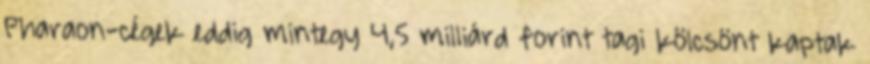
Pharaon-cégek eddig mintegy 4,5 milliárd forint tagi kölcsönt kaptak